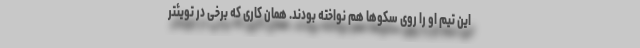
این تیم او را روی سکوها هم نواخته بودند. همان کاری که برخی در تویئتر